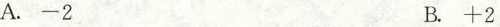
A.-2 B.+2